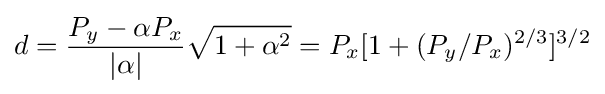
d={\frac {P_{y}-\alpha P_{x}}{|\alpha |}}{\sqrt {1+\alpha ^{2}}}=P_{x}[1+(P_{y}/P_{x})^{2/3}]^{3/2}